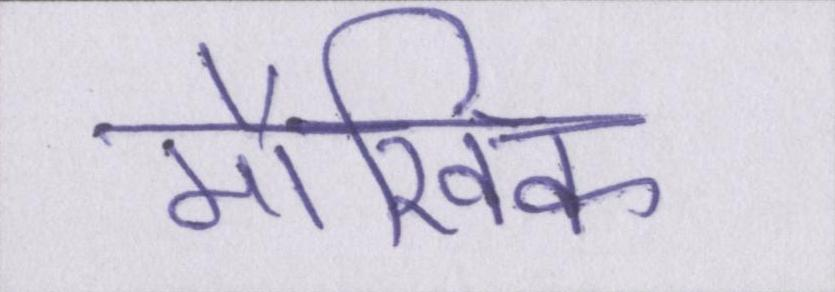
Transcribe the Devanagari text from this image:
मौखिक